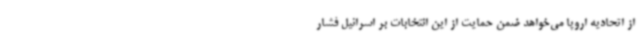
از اتحادیه اروپا می‌خواهد ضمن حمایت از این انتخابات بر اسرائیل فشار